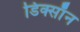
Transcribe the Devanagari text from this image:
डिक्साॅन